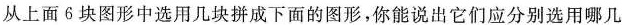
从上面6块图形中选用几块拼成下面的图形，你能说出它们应分别选用哪几